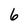
Character: 6